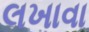
લખાવા